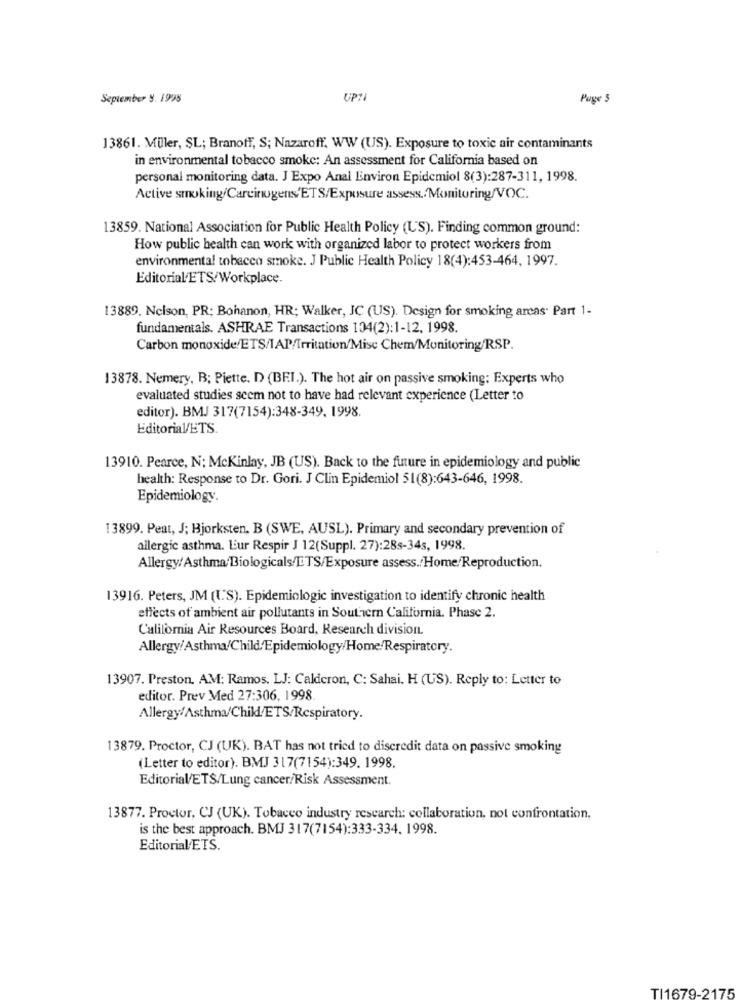
September 9. 1998
UPTI
Page 5
13861. Müller, SL; Branoff, S; Nazaroff. WW (US). Exposure to toxic air contaminants
in environmental tobacco smoke: An assessment for California based on
personal monitoring data. J Expo Anal Environ Epidemiol 8(3):287-311, 1998.
Active smoking/Carcinogens/ETS/Exposure assess./Monitoring/VOC.
13859. National Association for Public Health Policy (US). Finding common ground:
How public health can work with organized labor to protect workers from
environmental tobacco smoke. J Public Health Policy 18(4):453-464, 1997.
Editorial ETS/Workplace.
13889. Nelson, PR; Bohanon, HR; Walker, JC (US). Design for smoking areas. Part 1-
fundamentals. ASHRAE Transactions 104(2):1-12, 1998.
Carbon monoxide/ETS/IAP/Irritation/Mise Chem/Monitoring/RSP.
13878. Nemery, B; Piette, D) (BEI.). The hot air on passive smoking: Experts who
evaluated studies seem not to have had relevant experience (Letter to
editor). BMJ 317(7154):348-349. 1998.
EditoriaVETS.
13910. Pearce, N: Mckinlay, JB (US). Back to the future in epidemiology and public
health: Response to Dr. Gori. J Clin Epidemiol 51(8):643-646, 1998.
Epidemiology.
13899. Peat, J; Bjorksten, B (SWE, AUSL). Primary and secondary prevention of
allergic asthma. Lur Respir J 12(Suppl. 27):28s-34s, 1998.
Allergy/Asthma Biologicals/DTS/Exposure assess./Home/Reproduction.
13916. Peters, JM (US). Epidemiologic investigation to identify chronic health
effects of ambient air pollutants in Southern California. Phase 2.
California Air Resources Board, Research division.
Allergy/Asthma/Child/Epidemiology/Home/Respiratory.
13907. Preston. AM: Ramos. LJ: Calderon, C: Sahai. H (US). Reply to: Letter to
editor. Prev Med 27:306, 1998.
Allergy/Asthma/Chill/ETS/Respiratory.
13879. Proctor, CJ (UK). BAT has not tried to discredit data on passive smoking
(Letter to editor). BMJ 317(7154):349. 1998.
Editorial/ETS/Lung cancer/Risk Assessment.
13877. Proctor, CJ (UK). Tobacco industry rescarch: collaboration, not confrontation,
is the best approach. BMJ 317(7154):333-334. 1998.
Editorial/ETS.
TI1679-2175